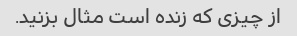
از چیزی که زنده است مثال بزنید.